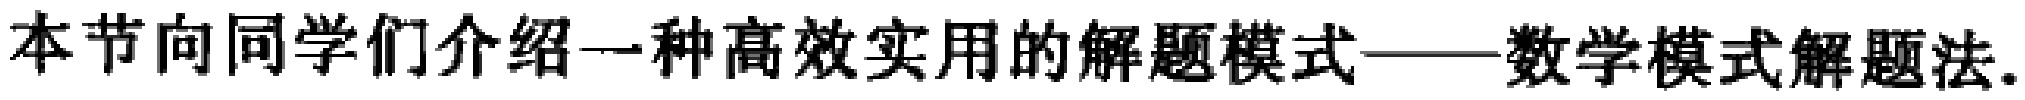
本节向同学们介绍一种高效实用的解题模式——数学模式解题法.